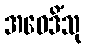
အဝေဒိံသု